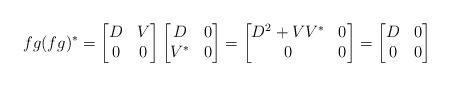
LaTeX: \begin{align*}fg(fg)^* = \bmatrix D & V \\ 0 & 0 \endbmatrix \bmatrix D & 0 \\ V^* & 0 \endbmatrix = \bmatrix D^2+VV^* & 0 \\ 0 & 0 \endbmatrix= \bmatrix D & 0 \\ 0 & 0 \endbmatrix\end{align*}